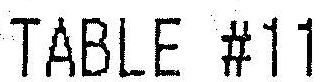
TABLE #11